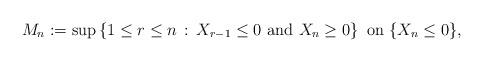
LaTeX: \begin{align*}M_n := \sup\left\lbrace 1 \leq r \leq n\,:\, X_{r-1} \leq 0 \mbox{ and } X_n \geq 0 \right\rbrace \mbox{ on } \{ X_n \leq 0 \},\end{align*}